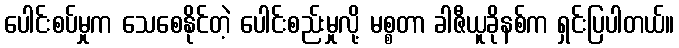
ပေါင်းစပ်မှုက သေစေနိုင်တဲ့ ပေါင်းစည်းမှုလို့ မစ္စတာ ခါဇီယူခိုနစ်က ရှင်းပြပါတယ်။